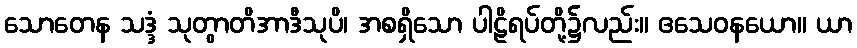
သောတေန သဒ္ဒံ သုတွာတိအာဒီသုပိ၊ အစရှိသော ပါဠိရပ်တို့၌လည်း။ ဧသေဝနယော။ ယာ